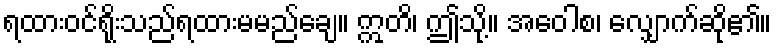
ရထားဝင်ရိုးသည်ရထားမမည်ချေ။ ဣတိ၊ ဤသို့။ အဝေါစ၊ လျှောက်ဆို၏။